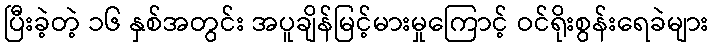
ပြီးခဲ့တဲ့ ၁၆ နှစ်အတွင်း အပူချိန်မြင့်မားမှုကြောင့် ဝင်ရိုးစွန်းရေခဲများ